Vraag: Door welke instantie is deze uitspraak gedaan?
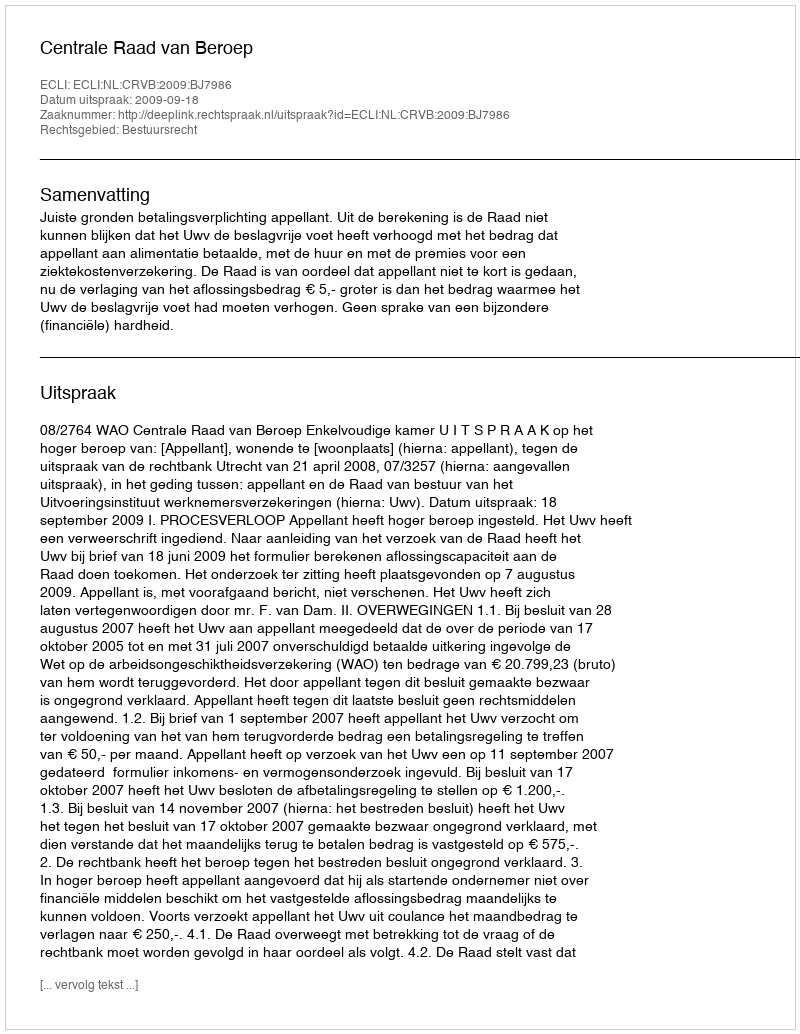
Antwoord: Centrale Raad van Beroep